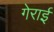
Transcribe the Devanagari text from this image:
गेराई